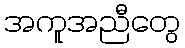
အကူအညီတွေ